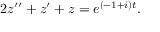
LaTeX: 2 z ^ { \prime \prime } + z ^ { \prime } + z = e ^ { ( - 1 + i ) t } .